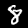
Digit: 8